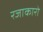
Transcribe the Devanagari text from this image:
रजाकारो